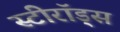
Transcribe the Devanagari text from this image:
स्टीरॉड्स